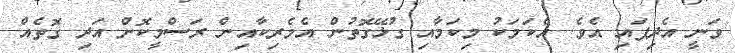
ވަނީ އެދިފައި އެވެ. އެކަމަކު މިކަމާއި ގުޅޭގޮތުން އެމެރިކާއިން ރަސްމީކޮށް އަދި ގޮތެއް